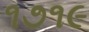
૧૭૧૯